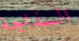
السذاجة